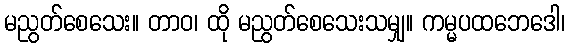
မညွတ်စေသေး။ တာဝ၊ ထို မညွတ်စေသေးသမျှ။ ကမ္မပထဘေဒေါ၊